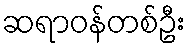
ဆရာဝန်တစ်ဦး